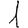
Digit: 1